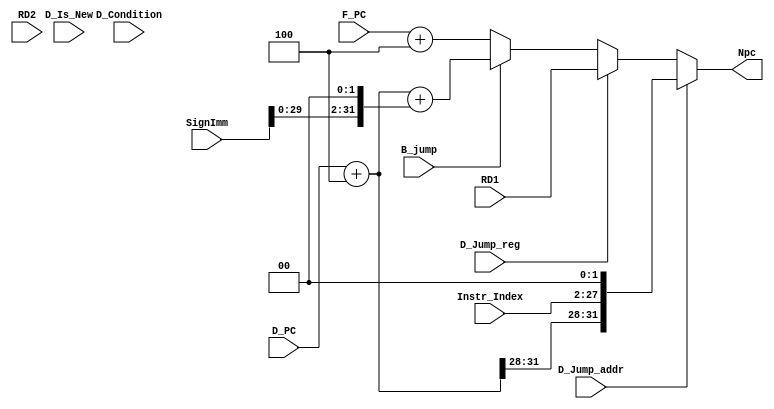
`timescale 1ns / 1ps
//////////////////////////////////////////////////////////////////////////////////
// Company: 
// Engineer: 
// 
// Design Name: 
// Module Name:    D_NPC 
// Project Name: 
// Target Devices: 
// Tool versions: 
// Description: 
//
// Dependencies: 
//
// Revision: 
// Revision 0.01 - File Created
// Additional Comments: 
//
//////////////////////////////////////////////////////////////////////////////////
module D_NPC(
    input B_jump,
    input D_Jump_addr,
    input D_Jump_reg,
	input [31:0] SignImm,
    input [31:0] RD1,
	input [31:0] RD2,
	input [25:0] Instr_Index,
    input [31:0] F_PC,
	input [31:0] D_PC,
	input D_Is_New,
	input D_Condition,
	
    output [31:0] Npc
    );
	
	wire [31:0] D_PC4 = D_PC + 4;
	//wire [31:0] addr_new = {temp[31:2],2'b0}; 
    wire [31:0] instr_index_out = {D_PC4[31:28],Instr_Index[25:0],2'b0}; //jal
    wire [31:0] sign_out = D_PC + 4 + (SignImm << 2); //beq  // D_PC+8 = F_PC+4
    assign Npc = //(D_Is_New&D_Condition == 1) ? RD1  :
				 (D_Jump_addr == 1) ? instr_index_out :
                 (D_Jump_reg  == 1) ? RD1  :
                 (B_jump  == 1) ? sign_out :
                 (F_PC + 4);

endmodule